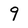
Character: 9